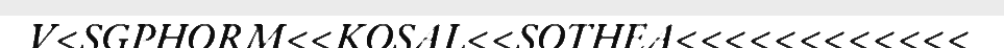
V<SGPHORM<<KOSAL<<SOTHEA<<<<<<<<<<<<